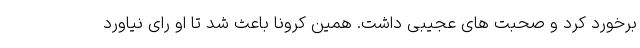
برخورد کرد و صحبت های عجیبی داشت. همین کرونا باعث شد تا او رای نیاورد